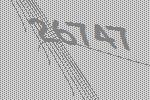
26747